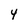
Character: Y